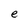
Character: e